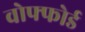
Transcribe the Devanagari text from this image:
वोफ्फोर्ड